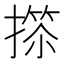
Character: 𢲺